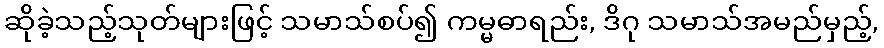
ဆိုခဲ့သည့်သုတ်များဖြင့် သမာသ်စပ်၍ ကမ္မဓာရည်း, ဒိဂု သမာသ်အမည်မှည့်,